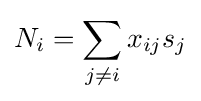
N_{i}=\sum _{j\neq i}x_{ij}s_{j}